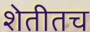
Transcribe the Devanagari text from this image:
शेतीतच